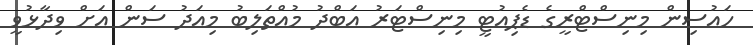
ހައުސިން މިނިސްޓްރީގެ ޑެޕިއުޓީ މިނިސްޓަރު އަބްދު މުއްތަލިބު މިއަދު ސަން އަށް ވިދާޅުވީ